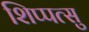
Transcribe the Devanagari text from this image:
शिप्पत्सु